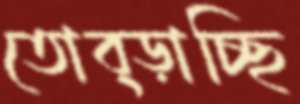
তোব্‌ড়াচ্ছি